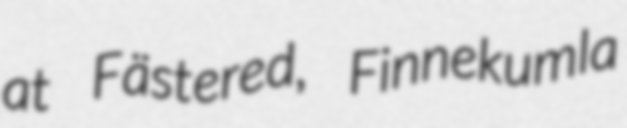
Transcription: at Fästered, Finnekumla